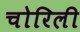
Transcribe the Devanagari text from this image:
चोरिली